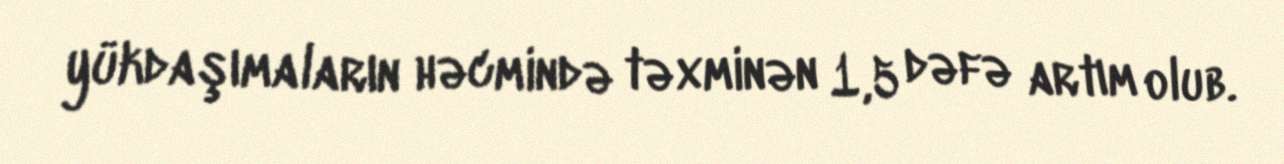
yükdaşımaların həcmində təxminən 1,5 dəfə artım olub.